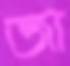
জা